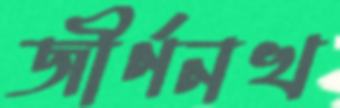
জীর্ণনখ